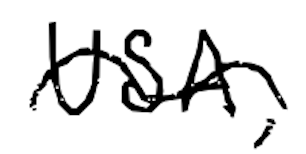
Text: USA,
Cross-out: wave
Writing tool: digital_black